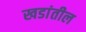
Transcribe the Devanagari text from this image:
खडांतील